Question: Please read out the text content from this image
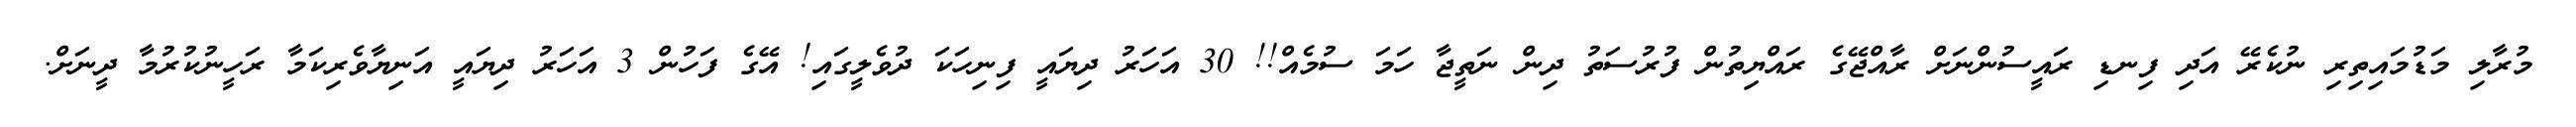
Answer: މުރާލި މަޑުމައިތިރި ނުކެރޭ އަދި ފިނޑި ރައީސުންނަށް ރާއްޖޭގެ ރައްޔިތުން ފުރުސަތު ދިން ނަތީޖާ ހަމަ ސުމެއް!! 30 އަހަރު ދިޔައީ ފިނިހަކަ ދުވެލީގައި! އޭގެ ފަހުން 3 އަހަރު ދިޔައީ އަނިޔާވެރިކަމާ ރަހީނުކުރުމާ ދީނަށް.